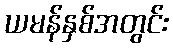
ယမန်နှစ်အတွင်း